Vaccine operations Central Provinces 1868-1885 - 1868-1885
Year: 1868
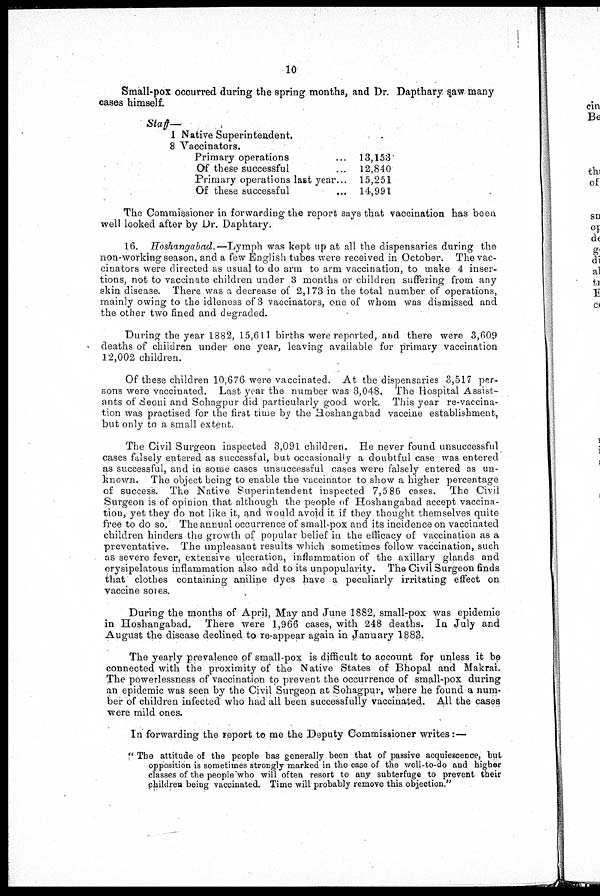
10
Small-pox occurred during the spring months, and Dr. Dapthary saw, many
cases himself.
Staff—
1 Native Superintendent.
8 Vaccinations.
Primary operations ... ...
Of these successful... ...
Primary operations last year...
Of these successful ... ...
13,153
12,840
15,251
14,991
The Commissioner in forwarding the report says that vaccination has been
well looked after by Dr. Daphtary.
16. Hoshangabad.—Lymph
was kept up at all the dispensaries during the
non-working season, and a few English tubes were received in October. The vac-
cinators were directed as usual to do arm to arm vaccination, to make 4 inser-
tions, not to vaccinate children under 3 months or children suffering from any
skin disease. There was a decrease of 2,173 in the total number of operations,
mainly owing to the idleness of 3 vaccinators, one of whom was dismissed and
the other two fined and degraded.
During the year 1882, 15,611 births were reported, and there were 3,609
deaths of children under one year, leaving available for primary vaccination
12,002 children.
Of these children 10,676 were vaccinated. At the dispensaries 3,517 per-
sons were vaccinated. Last year the number was 3,048. The Hospital Assist-
ants of Seoni and Sohagpur did particularly good work. This year re-vaccina-
tion was practised for the first time by the Hoshangabad vaccine establishment,
but only to a small extent.
The Civil Surgeon inspected 3,091 children. He never found unsuccessful
cases falsely entered as successful, but occasionally a doubtful case was entered
as successful, and in some cases unsuccessful cases were falsely entered as un-
known. The object being to enable the vaccinator to show a higher percentage
of success. The Native Superintendent inspected 7,586 cases. The Civil
Surgeon is of opinion that although the people of Hoshangabad accept vaccina-
tion, yet they do not like it, and would avoid it if they thought themselves quite
free to do so. The annual occurrence of small-pox and its incidence on vaccinated
children hinders the growth of popular belief in the efficacy of vaccination as a
preventative. The unpleasant results which sometimes follow vaccination, such
as severe fever, extensive ulceration, inflammation of the axillary glands and
erysipelatous inflammation also add to its unpopularity. The Civil Surgeon finds
that clothes containing aniline dyes have a peculiarly irritating effect on
vaccine soles.
During the months of April, May and June 1882, small-pox was epidemic-
in Hoshangabad.
There were 1,966 cases, with 248 deaths. In July and
August the disease declined to re-appear again in January 1883.
The yearly prevalence of small-pox is difficult to account for unless it be
connected with the proximity of the Native States of Bhopal and Makrai.
The powerlessness of vaccination to prevent the occurrence of small-pox during
an epidemic was seen by the Civil Surgeon at Sohagpur, where he found a num-
ber of children infected who had all been successfully vaccinated. All the cases
were mild ones.
In forwarding the report to me the Deputy Commissioner writes:—
" The attitude of the people has generally been that of passive acquiescence, but
opposition is sometimes strongly marked in the case of the well-to-do and higher
classes of the people who will often resort to any subterfuge to prevent their
children being vaccinated. Time will probably remove this objection."